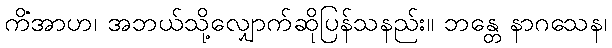
ကိံအာဟ၊ အဘယ်သို့လျှောက်ဆိုပြန်သနည်း။ ဘန္တေ နာဂသေန၊